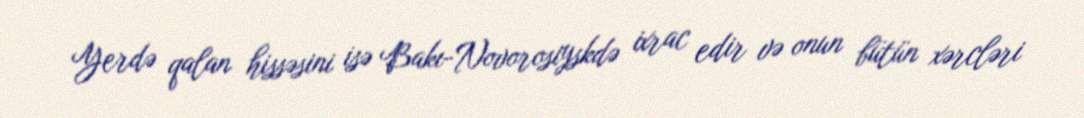
Yerdə qalan hissəsini isə Bakı-Novorosiyskdə ixrac edir və onun bütün xərcləri